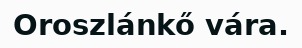
Oroszlánkő vára.